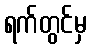
ရက်တွင်မှ